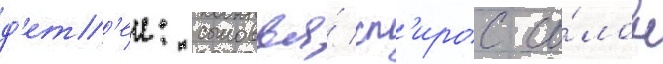
д'ет'еи: сыновья́ сп'ирос со́лон